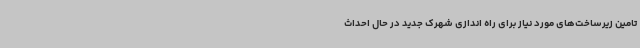
تامین زیرساخت‌های مورد نیاز برای راه اندازی شهرک جدید در حال احداث